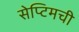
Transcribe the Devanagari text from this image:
सेप्टिमची